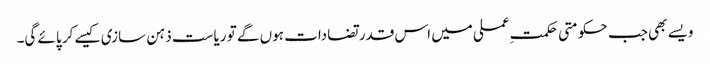
ویسے بھی جب حکومتی حکمتِ عملی میں اس قدر تضادات ہوں گے تو ریاست ذہن سازی کیسے کر پائے گی۔